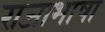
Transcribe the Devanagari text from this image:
राजाभाषा